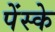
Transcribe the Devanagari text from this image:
पेंस्के